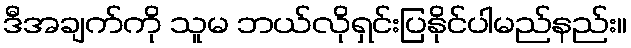
ဒီအချက်ကို သူမ ဘယ်လိုရှင်းပြနိုင်ပါမည်နည်း။